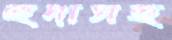
হুদাসহ